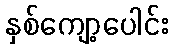
နှစ်ကျော့ပေါင်း